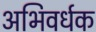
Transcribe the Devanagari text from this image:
अभिवर्धक